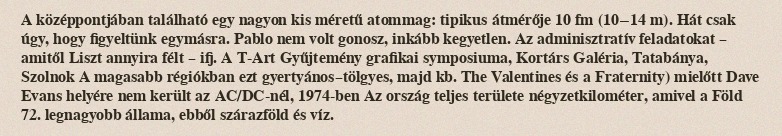
A középpontjában található egy nagyon kis méretű atommag: tipikus átmérője 10 fm (10−14 m). Hát csak úgy, hogy figyeltünk egymásra. Pablo nem volt gonosz, inkább kegyetlen. Az adminisztratív feladatokat – amitől Liszt annyira félt – ifj. A T-Art Gyűjtemény grafikai symposiuma, Kortárs Galéria, Tatabánya, Szolnok A magasabb régiókban ezt gyertyános–tölgyes, majd kb. The Valentines és a Fraternity) mielőtt Dave Evans helyére nem került az AC/DC-nél, 1974-ben Az ország teljes területe négyzetkilométer, amivel a Föld 72. legnagyobb állama, ebből szárazföld és víz.